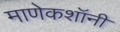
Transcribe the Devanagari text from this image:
माणेकशॉनी